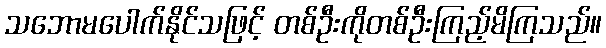
သဘောမပေါက်နိုင်သဖြင့် တစ်ဦးကိုတစ်ဦးကြည့်မိကြသည်။